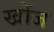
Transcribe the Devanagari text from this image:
खोंज